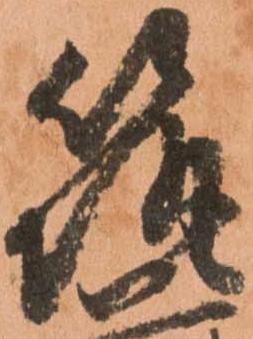
筑